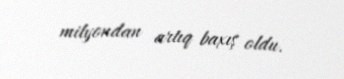
milyondan artıq baxış oldu.